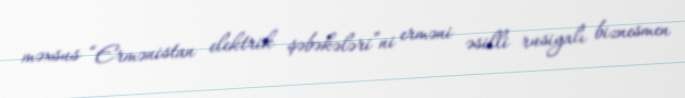
məxsus “Ermənistan elektrik şəbəkələri”ni erməni əsilli rusiyalı biznesmen